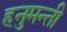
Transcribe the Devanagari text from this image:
हनुमन्ती